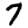
Digit: 7